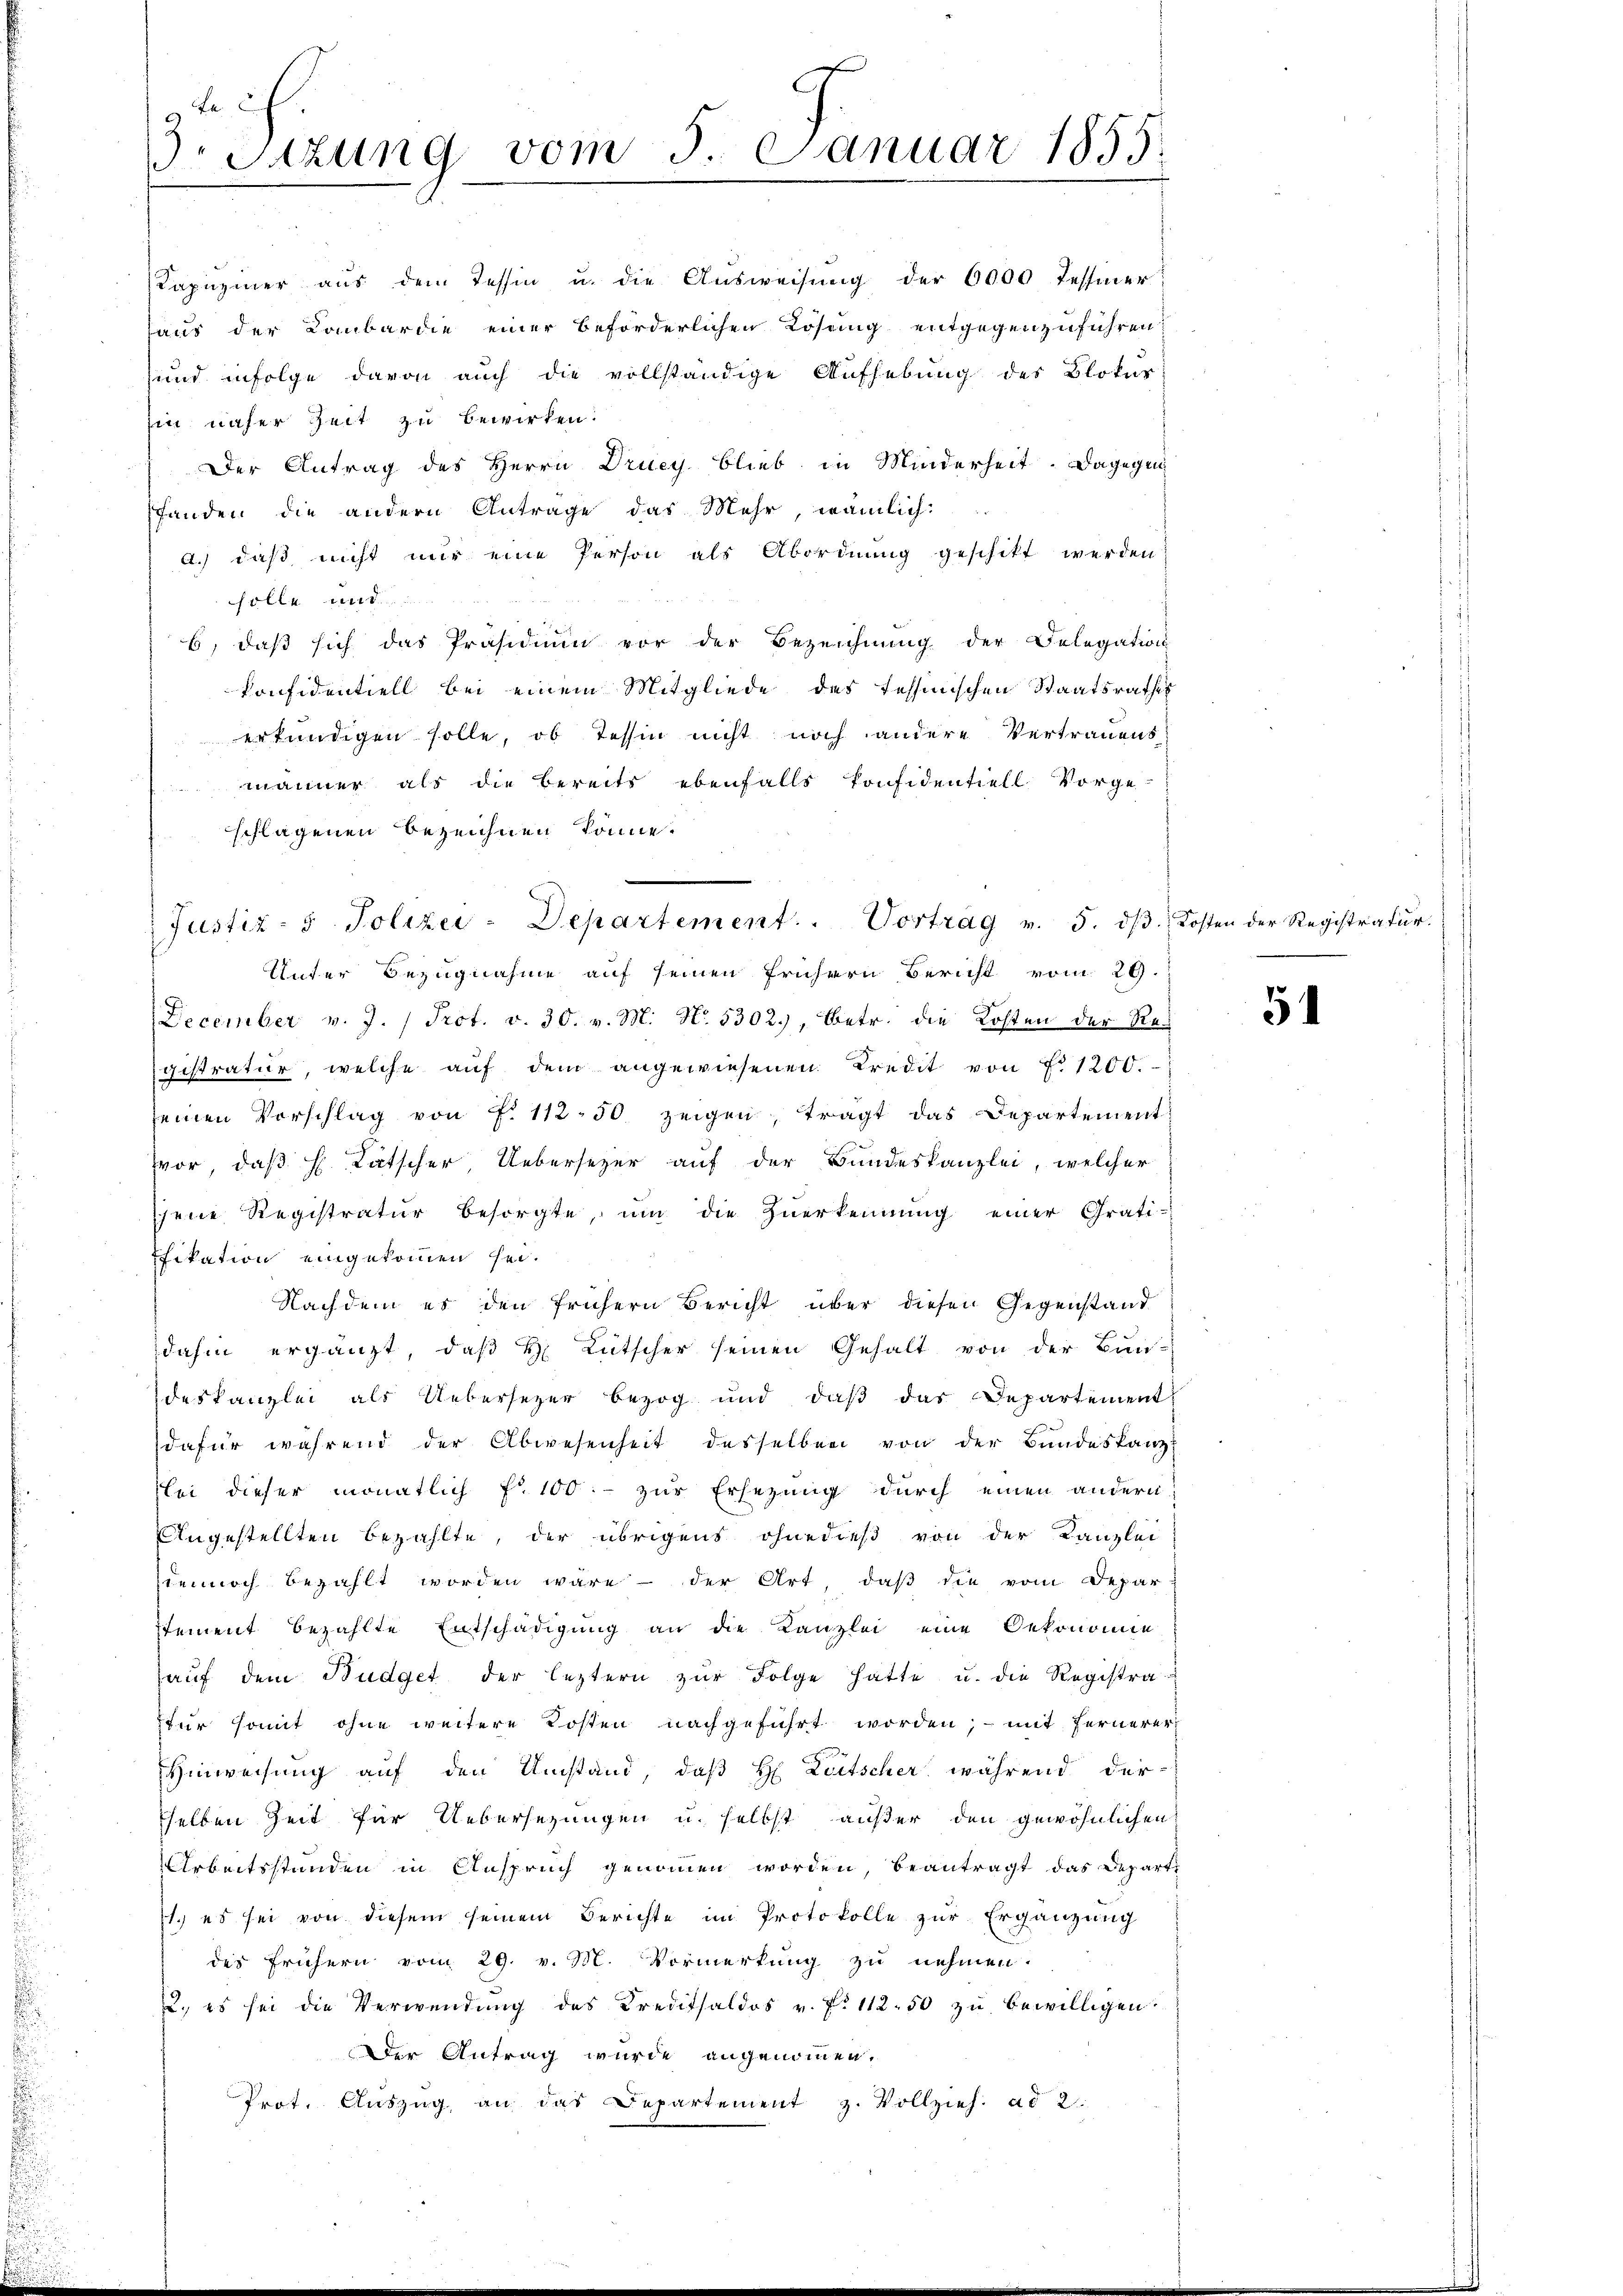
Fa
3. Sitzung vom 5. Januar 1855.

December v. J. / Prot. v. 30. v. M. No. 5302), Betr. die Kosten der Registratur, welche auf dem angewiesenen Kredit von f. 1200.
seinen Vorschlag von f. 112.50. zeigen, tragt das Departement
vor, daß H. Lätscher, Uebersezer auf der Bundeskanzlei, welcher
jene Registratur besorgte, ŭm die Zuerkennung einer Gratifikation eingekommen sei.
Nachdem es den frühern Bericht über diesen Gegenstand
dahin ergänzt, daß H. Lütscher seinen Gehalt von der Bun-
deskanzlei als Uebersezer bezog und daß das Departement
dafür während der Abwesenheit desselben von der Bundeskanzl
lei dieser monatlich f 100.- zur Ersezung durch einen andern,
Angestellten bezahlte, der übrigens ohnedieß von der Kanzlei
sdennoch bezahlt worden wäre der Art, daβ die vom Depar
stement bezahlte Entschädigung an die Kanzlei eine Oekonomie
aŭf dem Budget der leztern zŭr Folge hatte u. die Registra-
fur somit ohne weitere Kosten nachgeführt worden; - mit Fernerer
Hinweisung auf den Umstand, daß H: Leitscher während der-
selben Zeit für Uebersezungen u. selbst außer den gewöhnlichen
Arbeitsstunden in Anspruch genommen worden, beantragt das Departe
11.) es sei von diesem seinem Berichte im Protokolle zur Ergänzung
des frühern vom 29. v. M. Vormerkung zu nehmen.
2. es sei die Verwendŭng des Kreditsaldos v. P. 112.50 zŭ bewilligen.
Der Antrag wurde angenommen.
Prot. Auszug, an das Departement z. Vollzieh. ad 2.

Kapuziner aus dem Tessin u. die Aŭsweisŭng der 6000 Tessiner
haus der Lombardie einer beförderlichen Lösung entgegenzuführen?
und infolge davon auch die vollständige Aufhebung des Blokur
hin näher Zeit zu bewirken.
Der Antrag des Herrn Drucy blieb in Minderheit. Dagegen
fanden die andern Antrage das Mehr, wämlich:
a.) daβ nicht nur eine Person als Abordnŭng geschikt werden:
solle und
6) daß sich das Präsidium vor der Bezeichnung der Delegation
konfidentiell bei einem Mitgliede des Tessinischen Staatsrathes
erkundigen solle, ob Tessin nicht noch andere Vertrauens
männer als die bereits ebenfalls konfidentiell Vorge-
schlagenen Bezeichnen könne.

Justiz- & Polizei-Departement. Vortrag v. 5. dβ Kosten der Registratur.
Unter Bezugnahme auf seinen frühern Bericht vom 29.

54